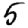
Digit: 5